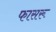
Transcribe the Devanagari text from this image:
फासरू